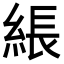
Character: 𦁢